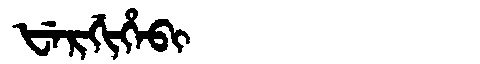
Manchu: ᡶᡝᡵᡤᡳᡥᡝᠪᡳ
Romanization: FERGIHEBI